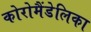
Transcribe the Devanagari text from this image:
कोरोमैंडेलिका